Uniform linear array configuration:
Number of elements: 16
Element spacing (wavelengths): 0.5
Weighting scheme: uniform
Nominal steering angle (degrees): -60
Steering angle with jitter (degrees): -61.054
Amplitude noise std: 0.05
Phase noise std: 0.05

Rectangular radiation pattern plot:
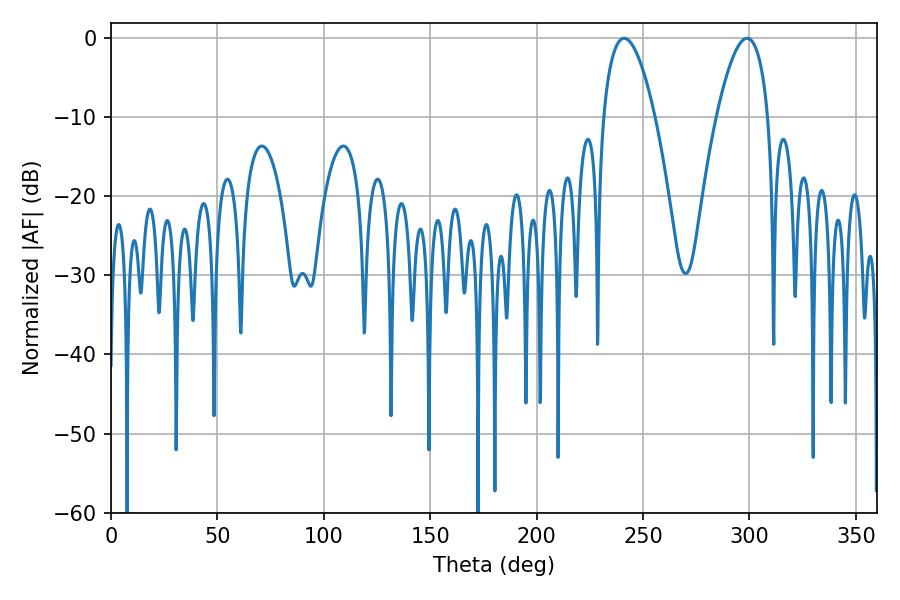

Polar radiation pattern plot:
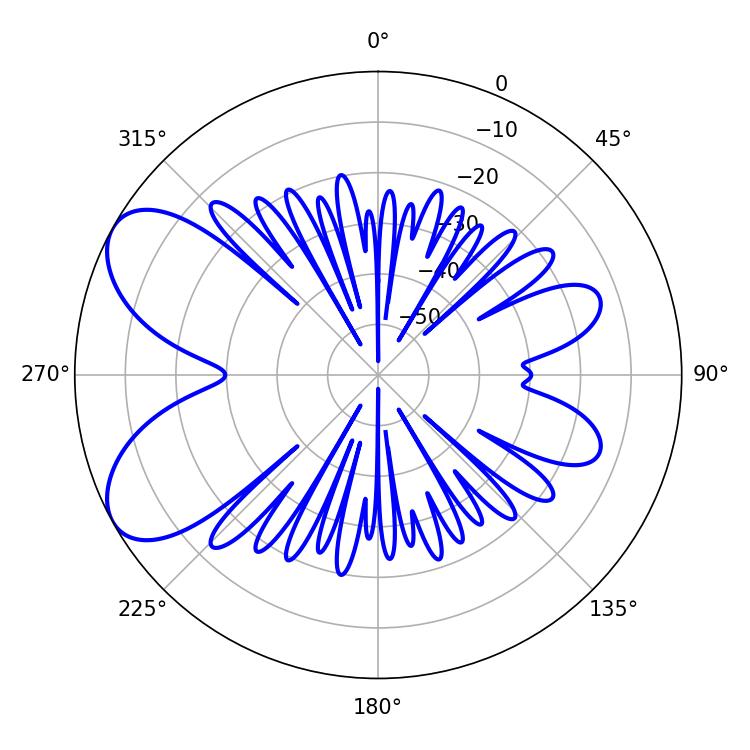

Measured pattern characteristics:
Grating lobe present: FALSE
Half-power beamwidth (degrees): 13.32
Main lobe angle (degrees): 241.2